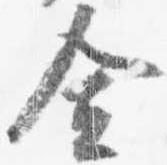
舎